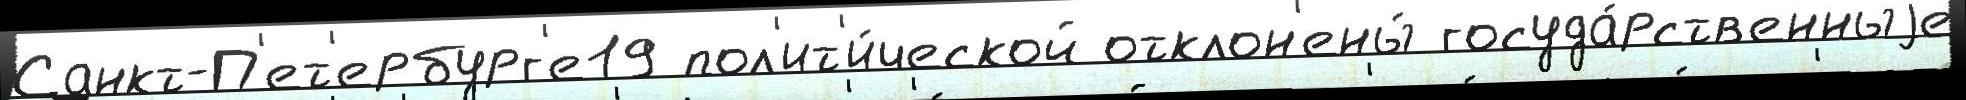
Санкт-П'ет'ербург'е19 пол'ит'и́ческой отклон'ены́ госуда́рств'енныjе